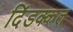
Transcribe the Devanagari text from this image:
दिंडक्कल